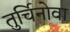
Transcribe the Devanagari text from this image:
तुर्चिनोवा